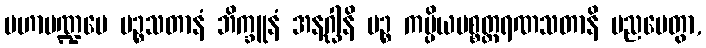
မဟာမဏ္ဍပေ ပဉ္စသတာနံ ဘိက္ခူနံ အနဂ္ဃါနိ ပဉ္စ ကပ္ပိယပစ္စတ္ထရဏသတာနိ ပညပေတွာ,